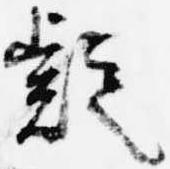
疑